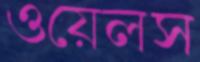
ওয়েলস